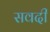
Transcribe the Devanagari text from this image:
सवदी